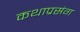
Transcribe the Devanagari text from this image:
कथाप्रसंग